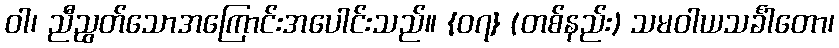
ဝါ၊ ညီညွတ်သောအကြောင်းအပေါင်းသည်။ {၀၇} (တစ်နည်း) သမဝါယသင်္ခါတော၊